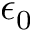
\epsilon _ { 0 }